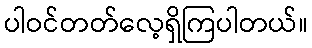
ပါဝင်တတ်လေ့ရှိကြပါတယ်။